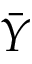
\bar { Y }